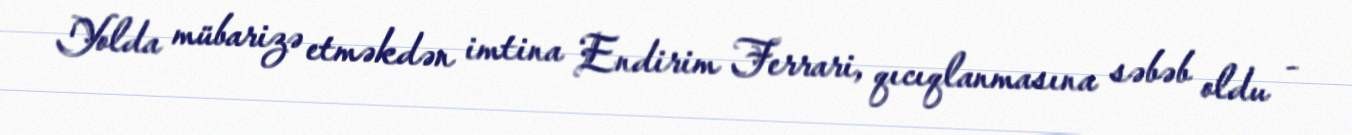
Yolda mübarizə etməkdən imtina Endirim Ferrari, qıcıqlanmasına səbəb oldu -